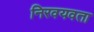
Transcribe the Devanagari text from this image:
निरवयवता